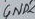
Text: GND2